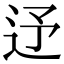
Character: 𨑦